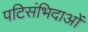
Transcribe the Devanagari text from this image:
पटिसंभिदाओं